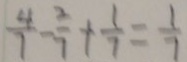
\frac { 4 } { 7 } - \frac { 2 } { 7 } + \frac { 1 } { 7 } = \frac { 1 } { 7 }